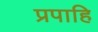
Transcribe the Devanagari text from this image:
प्रपाहि